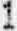
1